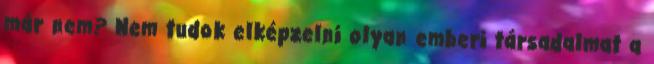
már nem? Nem tudok elképzelni olyan emberi társadalmat a